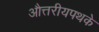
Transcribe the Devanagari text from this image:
औत्तरीयपथके